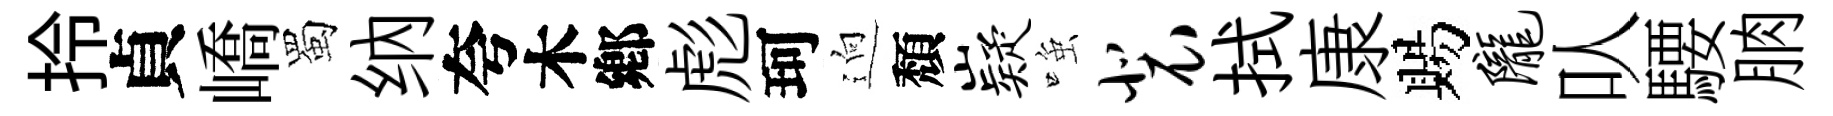
拎貞嶠蜀纳夸木鄕彪珂逈頽嶷𫪻裴拭康賜陇㕥騕朒